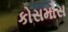
કોસમોસ